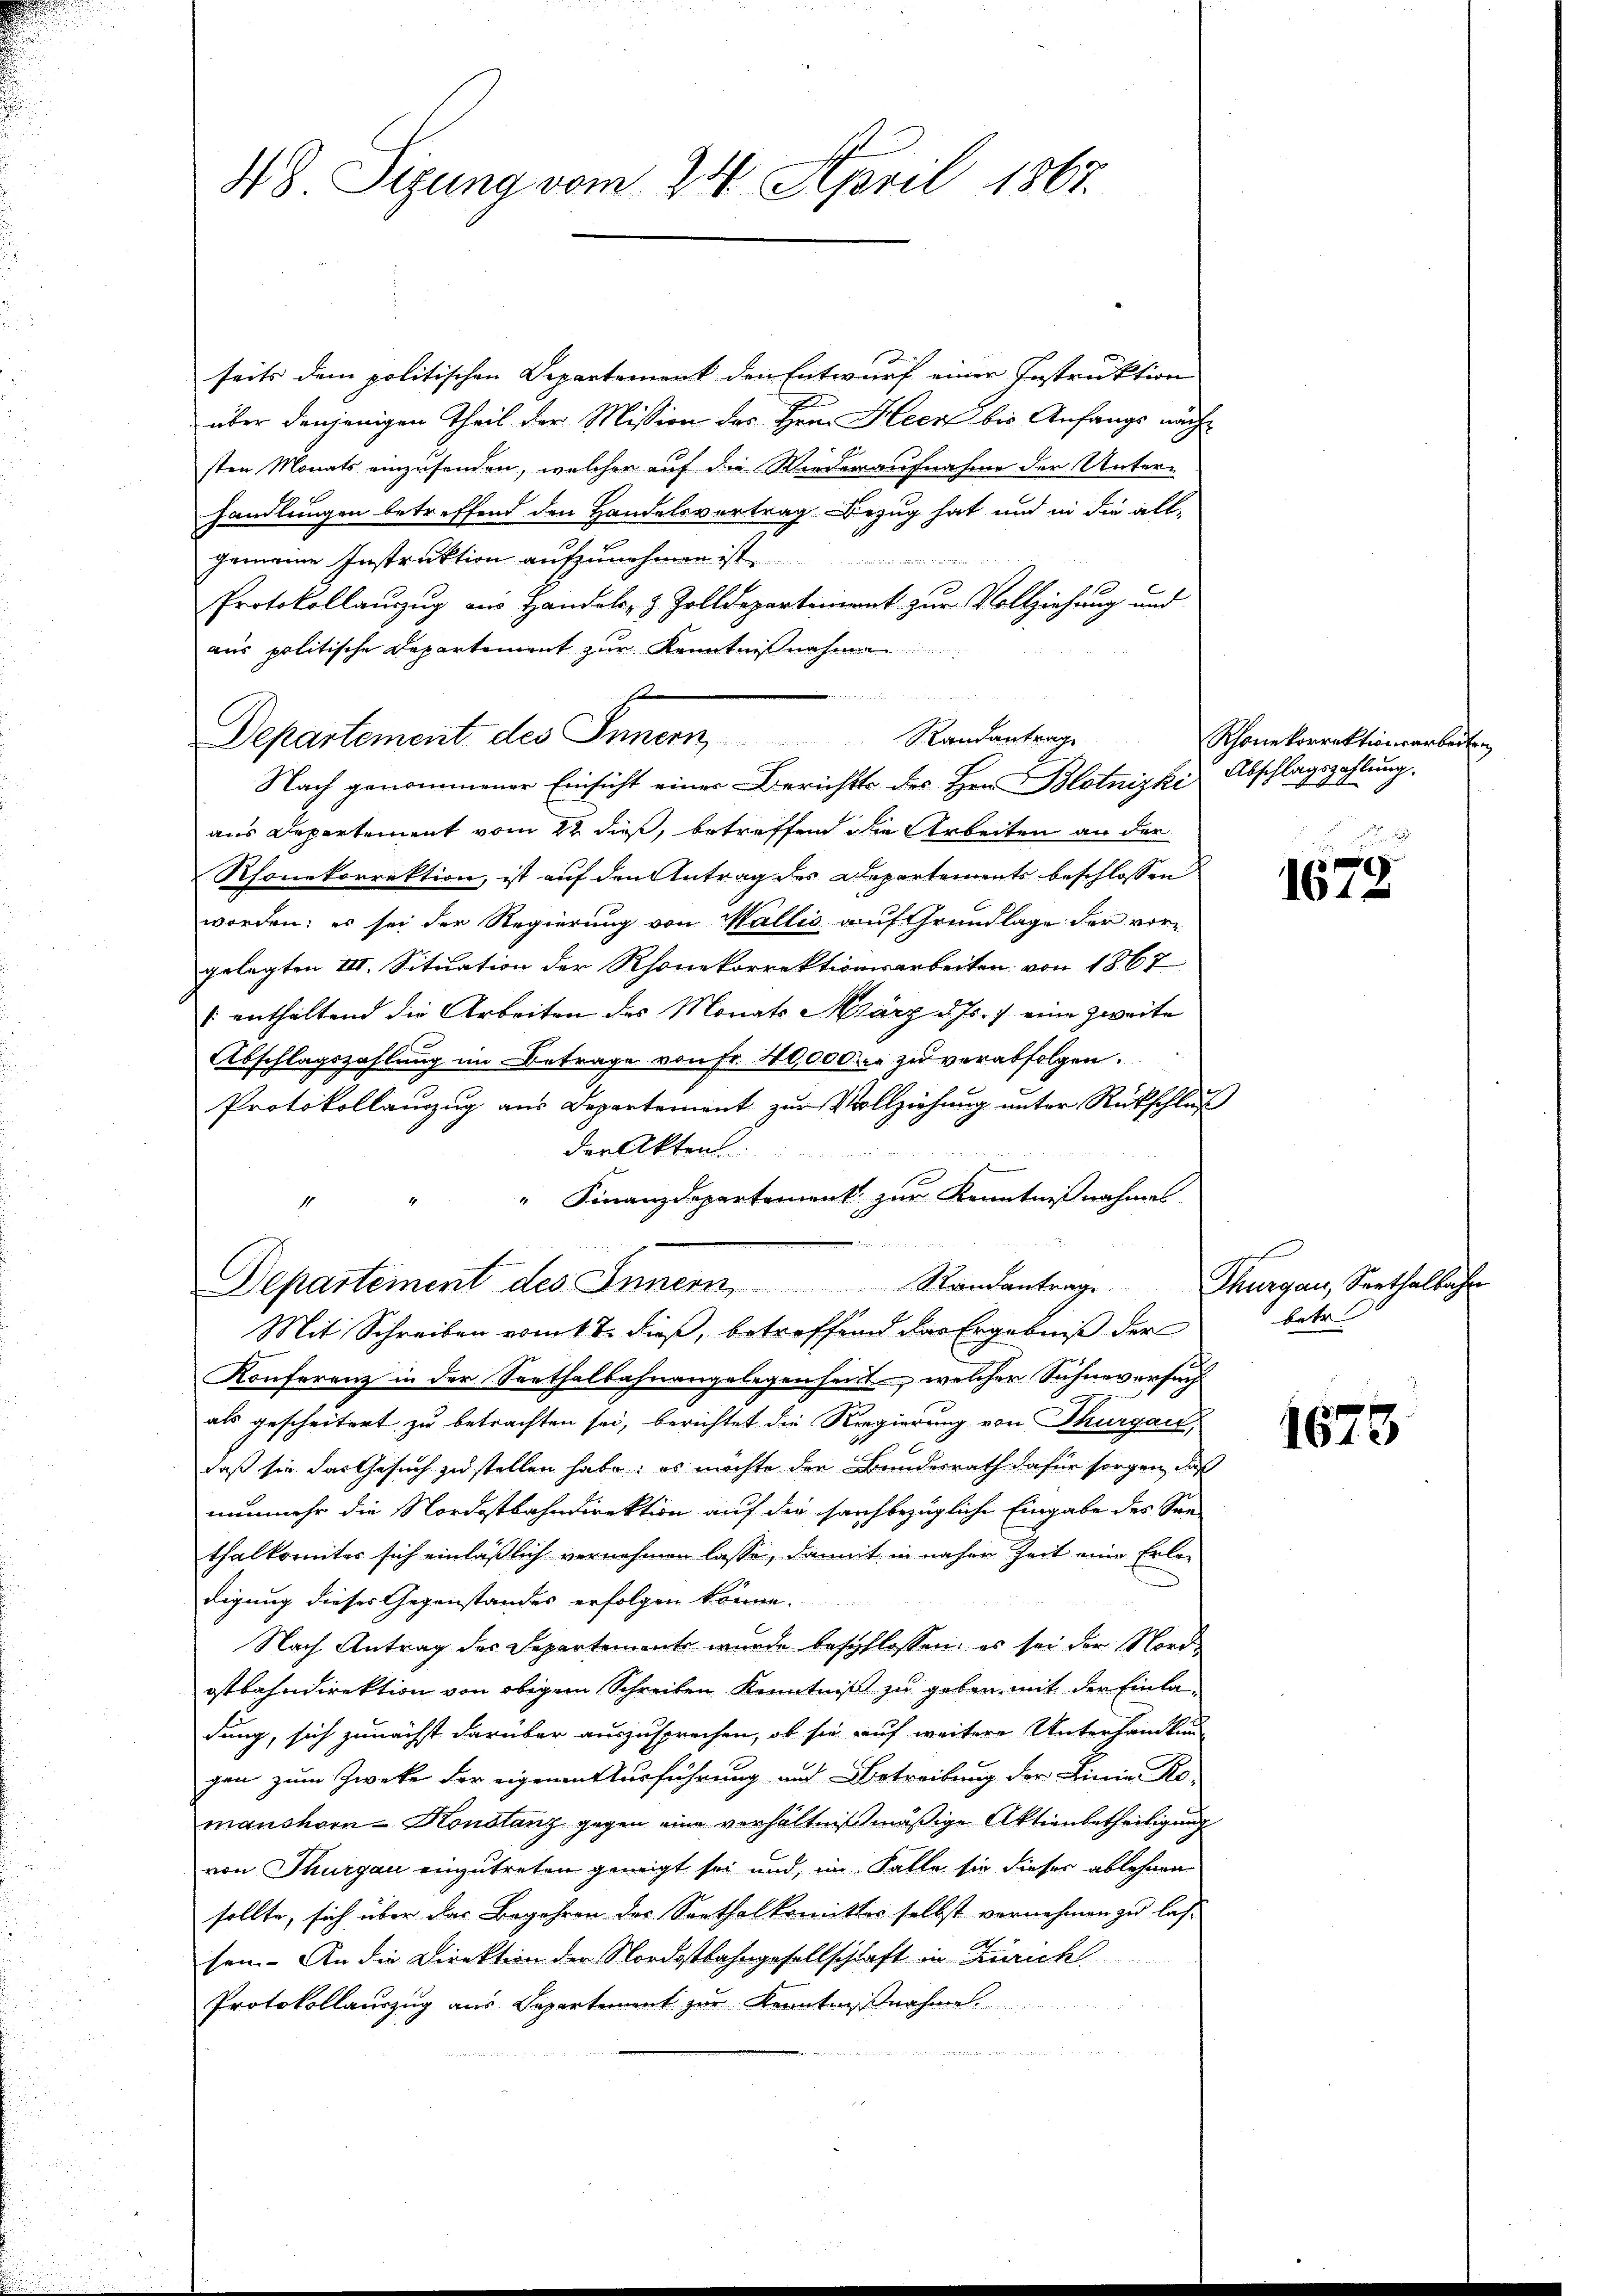
48. Sizung vom 24. April 1867.

seits dem politischen Departement den Entwurf einer Instruktion
über denjenigen Theil der Mission des Hrn. Heer bis Anfangs nach
sten Monats einzusenden, welcher auf die Wiederaufnahme der Unter-
handlungen betreffend den Handelsvertrag Bezug hat und in die all-
gemeine Instruktion aufzunehmen ist
Protokollanzug aus Handels- & Zolldepartement zur Vollziehung und
aus politische Departement zur Kenntni
aus Departement vom 22. dieß, betreffend die Arbeiten an der
Rhonekorrektion, ist auf den Antrag des Departements beschlossen d
worden; es sei der Regierung von Wallis auf Grundlage der vorgelegten III. Situation der Rhonekorrektionsarbeiten von 1867
 enthaltend die Arbeiten des Monats März d. Js. 7 eine zweite
Abschlagszahlung im Betrage von Fr. 40,000 fr zu verabfolgen.
Protokollanzug aus Departement zur Vollziehung unter Rückschluß
der Akten.
x
" Finanzdepartement zur Kenntnißnahme
1 2 S. 1817
Departement des Innern, Standantrage
Mit Schreiben vom 18. dieß, betreffend das Ergebniß der
Konferenz in der Sorthalbahnangelegenheit, welcher Sichneversuch
als gescheitert zu betrachten sei, berichtet die Regierung von Thurgau,
daß sie das Gesuch zu stellen habe; es möchte den Bundesrath dafür sorgen, daß
nunmehr die Nordostbahndirektion auf die sachbezügliche Eingabe des Son
thalkomites sich einläßlich vernehmen lasse, damit in näher Zeit eine Erledigung dieser Gegenstandes erfolgen könne.
Nach Antrag des Separtemente wurde beschlossen: es sei der Nordotbahndirektion von obigem Schreiben Kenntniß zu geben mit der Einladung, sich zunächst darüber auszusprechen, ob sie auf weitere Unterhandlung
gen zum Zwecke der eigenantturführung und Betreibung der Linie Ro-
manshorn-Honslanz gegen eine verhältnißmäßige Aktienbetheiligung
von Thurgau einzutreten geneigt sei und, im Falle sie dieses ablehnen
sollte, sich über das Begehren des Sorthal komitter selbst vernehmen zu las-
sen. An die Direktion der Nordostbahngesellschaft in Zürich
Protokollauszug aus Departement zur Kenntnißnahme

ea un
Departement des Innern Randantrage
Nach genommener Einsicht einer Berichts des Hrn. Blotnizki

Rhone korrektionsarbeiten
stung.
Abschlagszah

1672

f
Thurgau, Senthalbahn
betr

1673